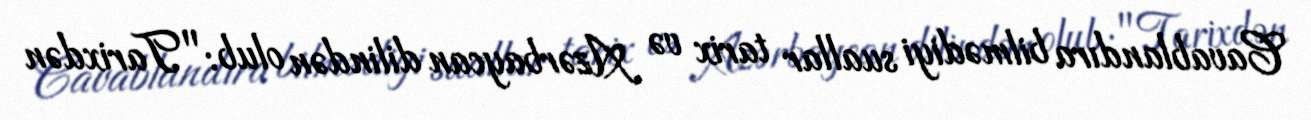
Cavablandıra bilmədiyi suallar tarix və Azərbaycan dilindən olub: "Tarixdən